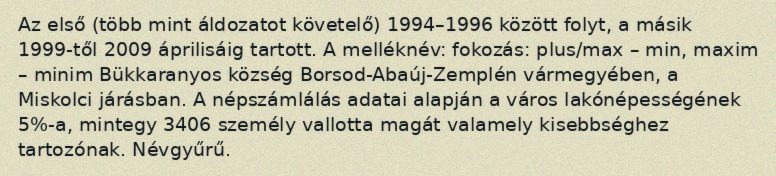
Az első (több mint áldozatot követelő) 1994–1996 között folyt, a másik 1999-től 2009 áprilisáig tartott. A melléknév: fokozás: plus/max – min, maxim – minim Bükkaranyos község Borsod-Abaúj-Zemplén vármegyében, a Miskolci járásban. A népszámlálás adatai alapján a város lakónépességének 5%-a, mintegy 3406 személy vallotta magát valamely kisebbséghez tartozónak. Névgyűrű.